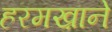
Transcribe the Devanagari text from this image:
हरमख़ाने